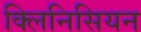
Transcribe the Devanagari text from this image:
क्लिनिसियन